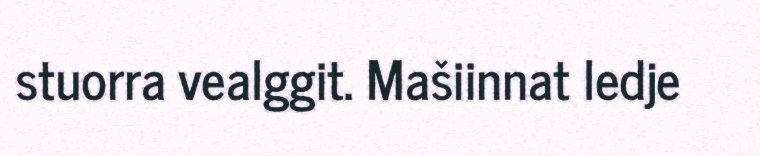
stuorra vealggit. Mašiinnat ledje